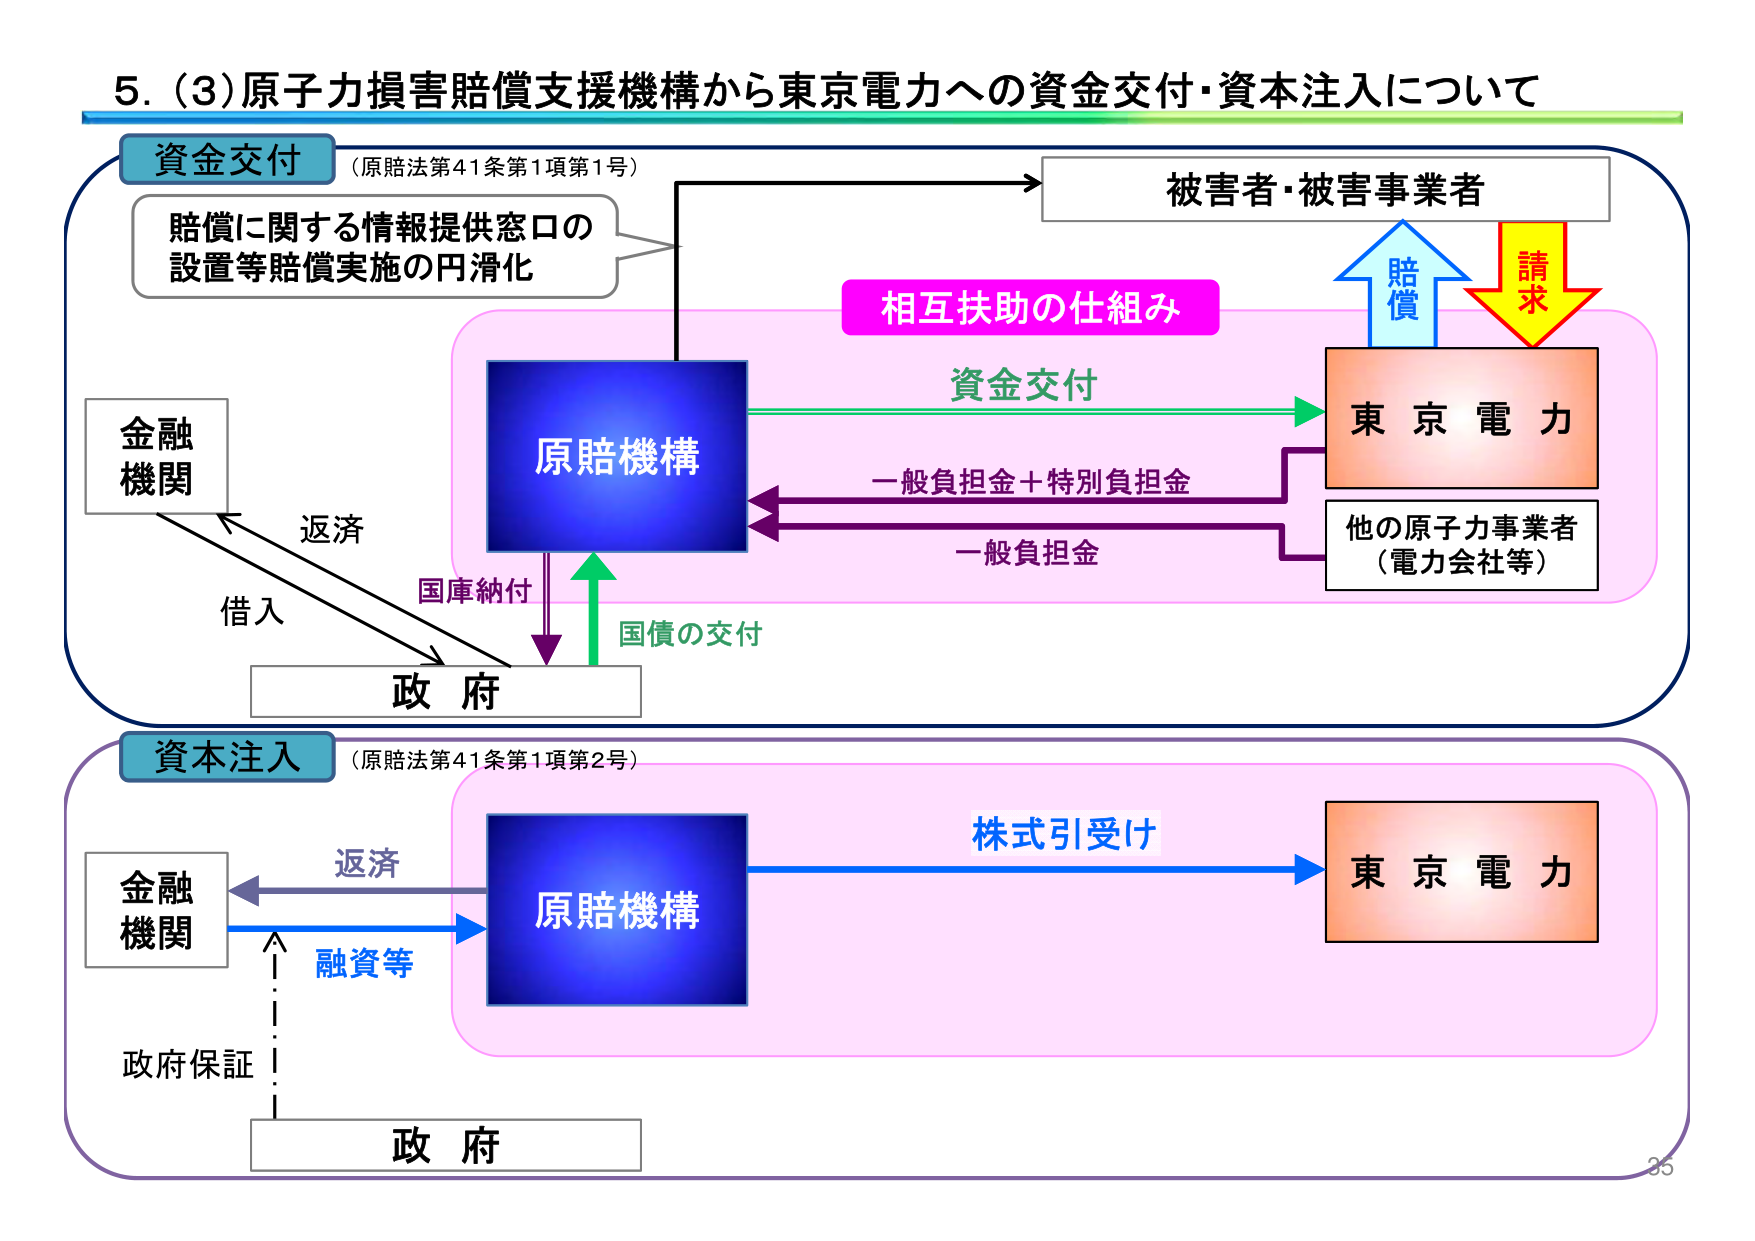
5. (3) 原子力損害賠償支援機構から東京電力への資金交付・資本注入について

資金交付
（原賠法第41条第1項第1号）

賠償に関する情報提供窓口の
設置等賠償実施の円滑化

被害者・被害事業者

相互扶助の仕組み

資金交付

原賠機構

東京電力

一般負担金＋特別負担金

他の原子力事業者
（電力会社等）

一般負担金

国庫納付

国債の交付

政府

返済

借入

金融機関

資本注入
（原賠法第41条第1項第2号）

株式引受け

原賠機構

東京電力

返済

融資等

政府保証

政府

金融機関

35